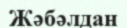
Жәбәлдан